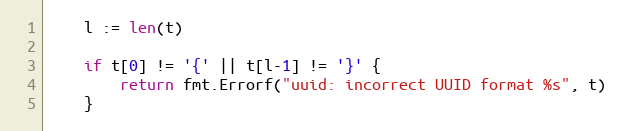
Language: Go
	l := len(t)

	if t[0] != '{' || t[l-1] != '}' {
		return fmt.Errorf("uuid: incorrect UUID format %s", t)
	}